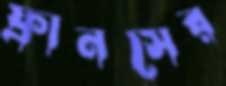
ফ্রানসের